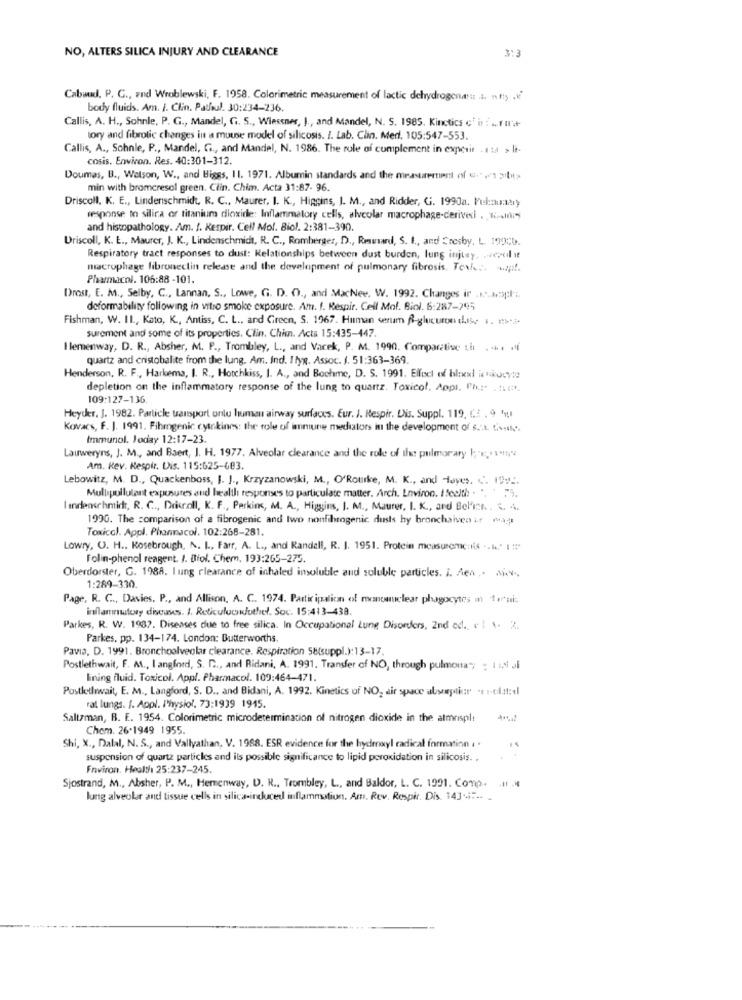
NO, ALTERS SILICA INJURY AND CLEARANCE
Cabaud, P. G ., and Wroblewski, F. 1958. Colorimetric measurement of lactic dehydrogenaus ... .!!; .
body fluids. Am. J. Clin. Patfoul. 30:234-236.
Callis, A. H ., Sohnle, P. G ., Mandel, G. S ., Wiesener, J ., and Mandel, N. S. 1985. Kinetics c'in : ... f Il'.+
tory and fibrotic changes in a mouse model of silicosis. I. Lab. Clin. Med, 105:547-553.
Callis, A ., Sohnle, P ., Mandel, G ., and Mandel, N. 1986. The role of complement in experit . ita > li-
cosis. Environ. Res. 40:301-312.
Doumas, B ., Watson, W ., and Biggs, Il. 1971. Albumin standards and the measurement of .","1 2bit>
min with bromcresol green. Clin. Chim. Acta 31:87- 96.
Driscoll, K. E ., Linderschmidt, R. C ., Maurer, I. K ., Higgins, I. M ., and Ridder, G. 1990a. Pul:nunary
response to silica or titanium dioxide: Inflammatory cells, alveolar macrophage-derivedi . Kini-
and histopathology. Am. f. Kespir. Cell Mol. Biol. 2:381-390.
Driscoll, K. E ., Maurer, J. K ., Lindenschmidt, R. C ., Romberger, D ., Reward, S. L ., and Crosby, L. 199CD.
Respiratory tract responses to dust: Relationships between dust burden, lung injury. wewil it
macrophage libronectin release and the development of pulmonary fibrosis. Tenke: sapt.
Pharmacol. 106:88 -101.
Drost, E. M ., Selby, C ., Lannan, S ., Lowe, G. D. O ., and MacNee. W. 1992. Changes ir ...... popl' ;.
deformability following in vitro smoke exposure. Am. f. Respir. Cell Mol. Biol. 6:287-295
Fishman, W. IL ., Kato, K ., Antiss, C. L ., and Green, S. 1967. Human serum R-glucuron these i. mhi-
surement and some of its properties. Clin. Chim. Acta 15:435-447.
I lemenway, D. R ., Absher, M. P ., Trombley, L ., and Varek, P. M. 1990. Comparative th ..... .
quartz and cristobalite from the lung. Am. Ind. Ilyg. Assoc. f. 51:363-369.
Henderson, R. F ., Harkema, I. R ., Hotchkiss, I. A ., and Bochme, D. S. 1991. Elfoch of blnel ic skouvie
depletion on the inflammatory response of the lung to quartz. Toxicol. Appl. Php' . 12.
109:127-136
Heyder, J. 1982. Particle uarsport onlu human airway surfaces. Eur. J. Respir. Dis. Suppl. 119, C. . 9 4.
Kovacs, F. J. 1991. Fihmgenic cytokines: the role of immune mediators in the development of s .:
Immunol. Joday 12:17-23.
Lauweryns, J. M ., and Baert, J. H. 1977. Alveolar clearance and the role of the pulmonary brotha
Am. Rev. Kespir. Dis. 115:625-683.
Lebowitz, M. D ., Quackenboss, J. J ., Krzyzanowski, M ., O'Rourke, M. K ., and Haves. C. 19:2.
Mullpollutant exposures and health responses to particulate matter. Arch. Environ. I feelth: . ". ' .5.
I endenschmidt, R. C ., Driscoll, K. F ., Parking, M. A ., Higgins, I. M ., Maurer, I. K ., and Belin .. 4. 4.
1990. The comparison of a fibrogenic and two nonfibrogenic dusls by bronchaisenst mage
Toxiccl. Appl. Phannacol. 102:268-281.
Lowry, O. H ., Rosebrough, A. I ., Farr, A. L ., and Randell, R. J. 1951. Protein measurements .. A. I!"
Folin-phenol reagent. J. Biol. Chem, 193:265-275.
Oberdorster, G. 1988. lung clearance of inhaled insoluble and soluble particles. I. Aex .. i.v.
1:289-330
Page, R. C ., Davies, P ., and Allison, A. C. 1974. Participation of mononuclear phagocytos mn trui:
inflammatory diseases. I. Reticulumouthel. Soc. 15:413-438.
Parkes, R. W. 1987. Diseases due to free silica. In Occupational Lung Disorders, 2nd ed. +1 . 2.
Parkes, pp. 134-174. London: Butterworths.
Pavia, D. 1991. Bronchoalveolar clearance. Respiration 58(suppl.):13-17.
Postlethwait, F. M ., I angford, S. D ., and Ridani, A. 1991. Transfer of NO, through pulmona; : 1 :21 Ji
Ining fluid. Toxicol. Appl. Pharmacol. 109:464-471.
Postlethewait, E. M ., Langford, S. D ., and Bidani, A. 1992. Kinetics of NO, air space absexplicar -1 1-cl.tt:d
rat lungs. I. Appl. Physiol, 73:1939 1945.
Saltzman, B. E. 1954. Colorimetric microdetermination of nitrogen dioxide in the almrspl:
Chem. 26.1949 1955
Shi, X ., Dalal, N. S ., and Vallyathan, V. 1988. ESR evidence for the hydroxyl radical formation . .
suspension of quartz particles and ils possible significance to lipid peroxidation in silicosis. .
Environ. Health 25:237-245.
Sjostrand, M ., Absher, P. M ., Hemenway, D. R ., Trombley, L ., and Baldor, L. C. 1991. Conp. H .4
lung alveolar and tissue cells in silica-induced inflammation. Am. Rev. Respir. Dis. 143-47 .. .